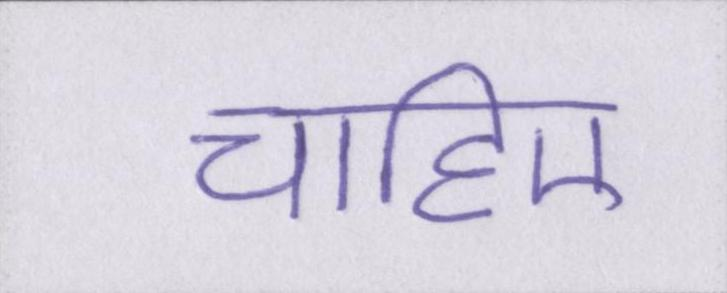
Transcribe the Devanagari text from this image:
चाहिए